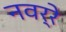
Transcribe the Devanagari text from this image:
नवर्रे